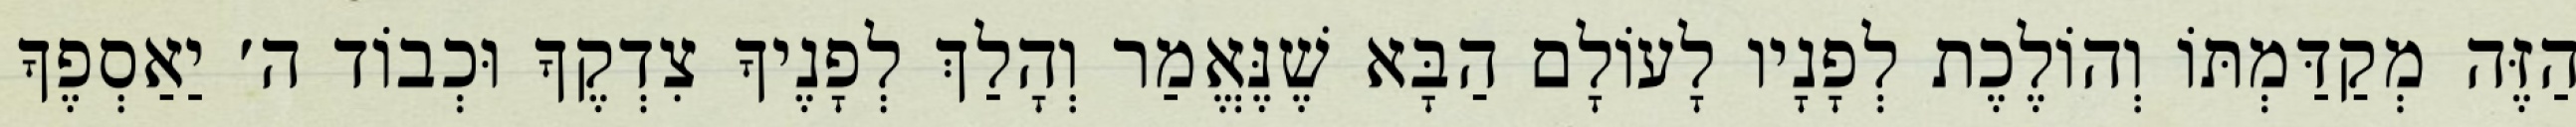
הַזֶּה מְקַדַּמְתּוֹ וְהוֹלֶכֶת לְפָנָיו לָעוֹלָם הַבָּא שֶׁנֶּאֱמַר וְהָלַךְ לְפָנֶיךָ צִדְקֶךָ וּכְבוֹד ה׳ יַאַסְפֶךָ